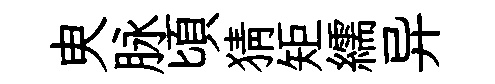
㬰脉頃猜矩繻异